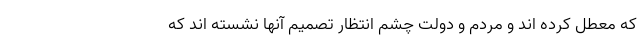
که معطل کرده اند و مردم و دولت چشم انتظار تصمیم آنها نشسته اند که